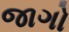
જાગો